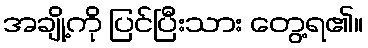
အချို့ကို ပြင်ပြီးသား တွေ့ရ၏။